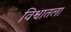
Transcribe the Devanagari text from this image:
विश्वातला